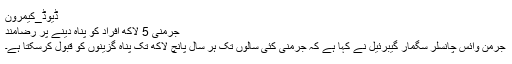
ڈیوڈ_کیمرون
جرمنی 5 لاکھ افراد کو پناہ دینے پر رضامند
جرمن وائس چانسلر سگمار گیبرئیل نے کہا ہے کہ جرمنی کئی سالوں تک ہر سال پانچ لاکھ تک پناہ گزینوں کو قبول کرسکتا ہے۔